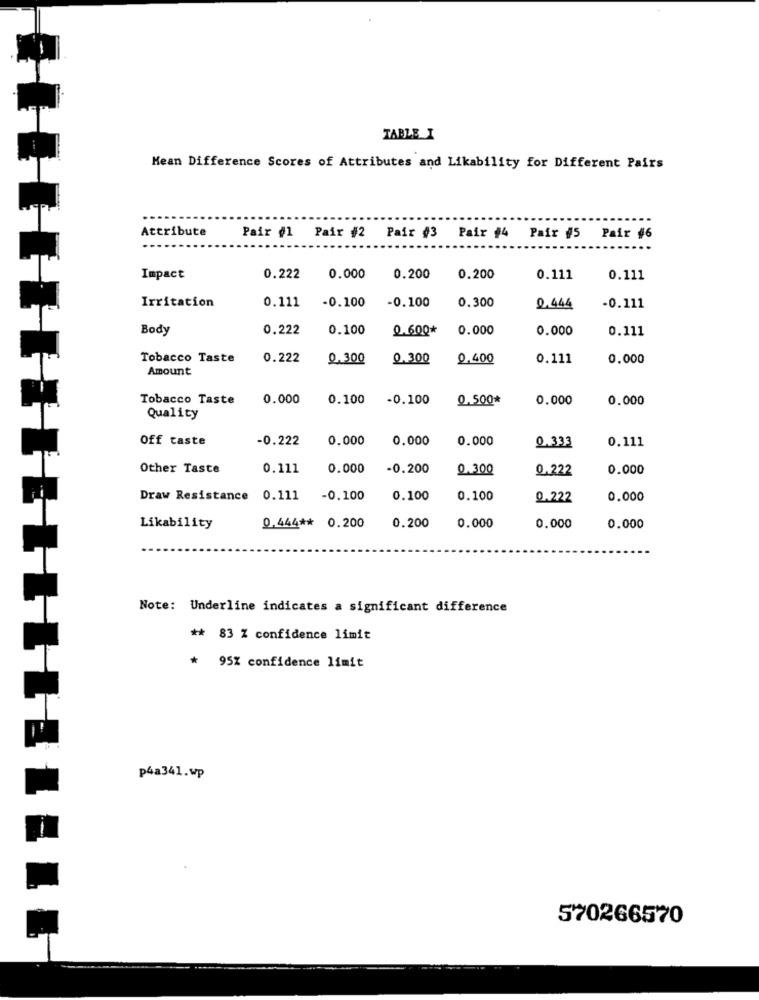
TABLE I
Mean Difference Scores of Attributes and Likability for Different Pairs
Attribute
Pair #1 Pair #2 Pair 43 Pair 44 Pair #5 Pair 46
Impact
0.222
0.000
0.200
0.200
0.111
0.111
0.111
-0.100
-0.100
0.300
Irritation
0,444
-0.111
Body
0.222
0.100
0.600*
0.000
0.000
0.111
Tobacco Taste
0.222
0.300
0.300
0,400
0.111
0.000
Amount
Tobacco Taste
0.000
0.100
-0.100
0.500*
0.000
0.000
Quality
Off taste
-0.222
0.000
0.000
0.000
0.111
0.333
Other Taste
0.111
0.000
-0.200
0.300
0.222
0.000
Draw Resistance
0.111
-0.100
0.100
0.100
0.222
0.000
Likability
0.444 ** 0.200
0.200
0.000
0.000
0.000
Note: Underline indicates a significant difference
** 83 % confidence limit
* 95% confidence limit
p4a341.wp
570266570